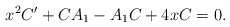
\begin{align*}x^{2}C^{\prime}+CA_{1}-A_{1}C+4xC=0.\end{align*}